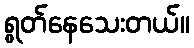
ရွတ်နေသေးတယ်။